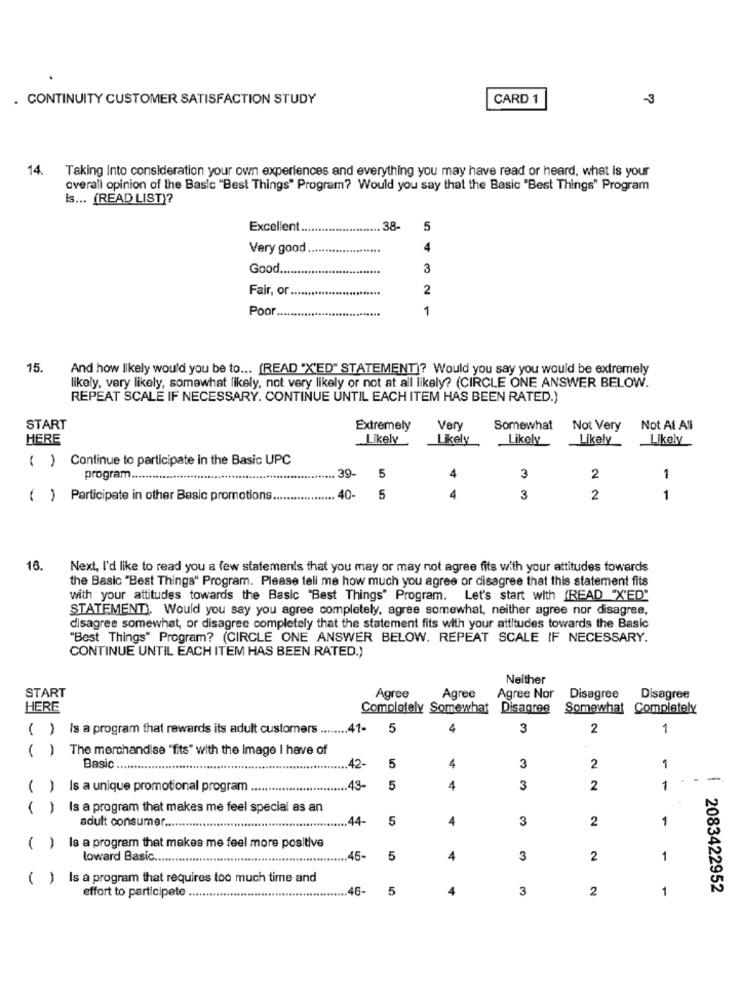
. CONTINUITY CUSTOMER SATISFACTION STUDY
CARD 1
3
14. Taking Into consideration your own experiences and everything you may have read or heard, what is your
overall opinion of the Basic "Best Things" Program? Would you say that the Basic "Best Things" Program
is ... (READ LIST)?
Excellent
38-
5
Very good
4
Good.
3
Fair, or ...
2
Poor
1
15.
And how likely would you be to ... [READ "X'ED" STATEMENT)? Would you say you would be extremely
likely, very likely, somewhat likely, not very likely or not at all likely? (CIRCLE ONE ANSWER BELOW.
REPEAT SCALE IF NECESSARY. CONTINUE UNTIL EACH ITEM HAS BEEN RATED.)
START
Extremely
Very
Somewhat
Not Very
Not At All
HERE
Likely
Likely
Likely
Likely
Likely
( ) Continue to participate in the Basic UPC
program ...
39-
5
4
3
2
1
( ) Participate in other Basic promotions.
40-
5
4
3
2
1
16.
Next, I'd like to read you a few statements that you may or may not agree fits with your attitudes towards
the Basic "Best Things" Program. Please tell me how much you agree or disagree that this statement fits
with your attitudes towards the Basic "Best Things' Program. Let's start with (READ "X'ED"
STATEMENT). Would you say you agree completely, agree somewhat, neither agree nor disagree,
disagree somewhat, or disagree completely that the statement fits with your attitudes towards the Basic
"Best Things" Program? (CIRCLE ONE ANSWER BELOW. REPEAT SCALE IF NECESSARY.
CONTINUE UNTIL EACH ITEM HAS BEEN RATED.)
Neither
START
Agree
Agree
Agree Nor
Disagree
Disagree
HERE
Completely Somewhat Disagree
Somewhat
Completely
( )
Is a program that rewards its adult customers ........ 41-
5
4
3
2
1
( )
The merchandise "fits" with the image I have of
1
Basic.
42-
5
4
3
2
-
( ) Is a unique promotional program ......
.... 43-
5
4
3
2
1
( )
Is a program that makes me feel special as an
adult consumer ....
44-
5
4
3
2
1
( ) Is a program that makes me feel more positive
toward Basic ...
45-
5
4
3
2
1
( )
Is a program that requires too much time and
effort to participate
5
4
3
2
1
2083422952